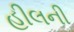
હીલની